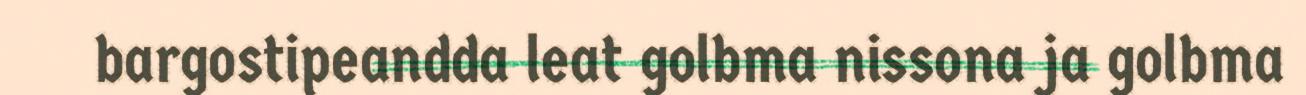
bargostipeandda leat golbma nissona ja golbma